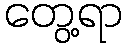
တွေ့ရာ